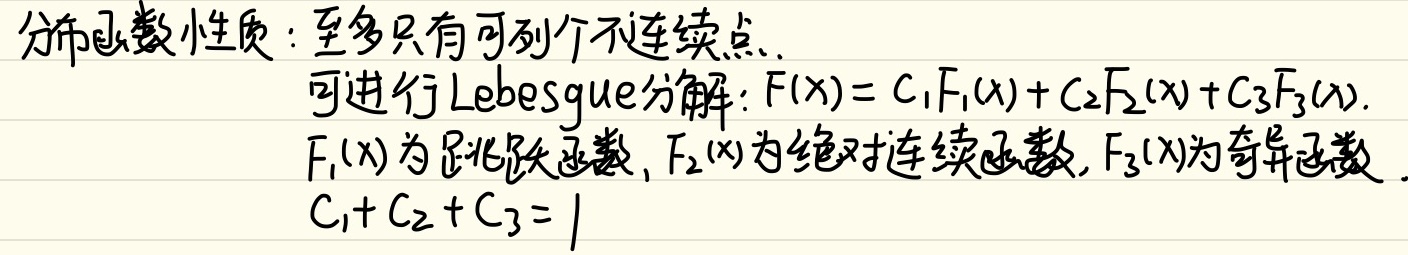
分布函数性质：至多只有可列个不连续点。可进行Lebesgue分解：
\[F(x)=C_1F_1(x)+C_2F_2(x)+C_3F_3(x)\]
其中\(F_1(x)\)为跳跃函数，\(F_2(x)\)为绝对连续函数，\(F_3(x)\)为奇异函数，且\(C_1 + C_2 + C_3 = 1\)。